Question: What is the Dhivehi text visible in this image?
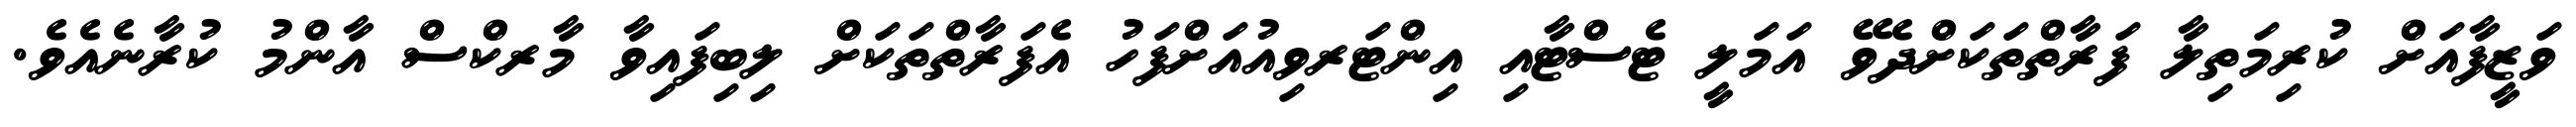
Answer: ވަޒީފާއަށް ކުރިމަތިލާ ފަރާތްތަކަށްދެވޭ އަމަލީ ޓެސްޓާއި އިންޓަރވިއުއަށްފަހު އެފަރާތްތަކަށް ލިބިފައިވާ މާރކްސް އާންމު ކުރާނެއެވެ.